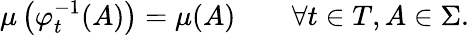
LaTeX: \mu\left(\varphi_{t}^{-1}(A)\right)=\mu(A)\qquad\forall t\in T,A\in\Sigma.